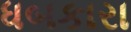
ધબકારા